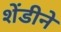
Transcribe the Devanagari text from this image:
शेंडीने